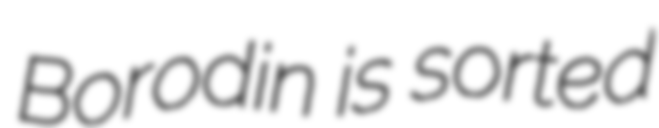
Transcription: Borodin is sorted